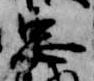
忠